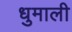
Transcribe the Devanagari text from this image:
धुमाली